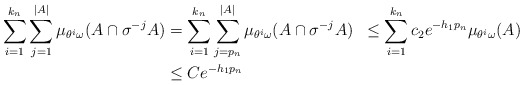
\begin{align*}\sum_{i=1}^{k_n} \sum_{j=1}^{\vert A \vert}\mu_{\theta^i\omega}(A\cap\sigma^{-j}A)&=\sum_{i=1}^{k_n} \sum_{j=p_n}^{\vert A \vert}\mu_{\theta^i\omega}(A\cap\sigma^{-j}A)&\le \sum_{i=1}^{k_n} c_2e^{-h_1 p_n}\mu_{\theta^i\omega}(A) \\&\le Ce^{-h_1 p_n}\end{align*}